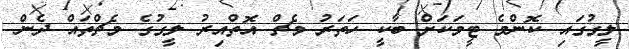
ލީގުގައި ކޮންމެ ޓީމަކަށް ބާކީ ހަތަރު މެޗް އޮތްއިރު ލީގުގެ މެޗްތައް ދެން